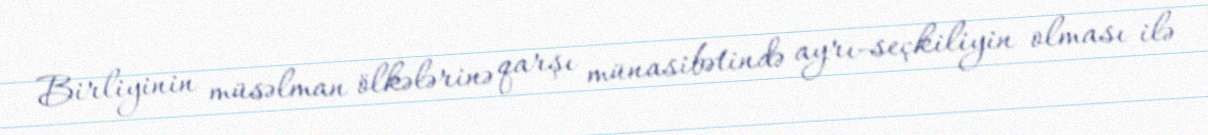
Birliyinin müsəlman ölkələrinə qarşı münasibətində ayrı-seçkiliyin olması ilə